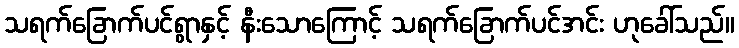
သရက်ခြောက်ပင်ရွာနှင့် နီးသောကြောင့် သရက်ခြောက်ပင်အင်း ဟုခေါ်သည်။